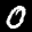
Label: 0